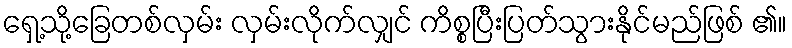
ရှေ့သို့ခြေတစ်လှမ်း လှမ်းလိုက်လျှင် ကိစ္စပြီးပြတ်သွားနိုင်မည်ဖြစ် ၏။